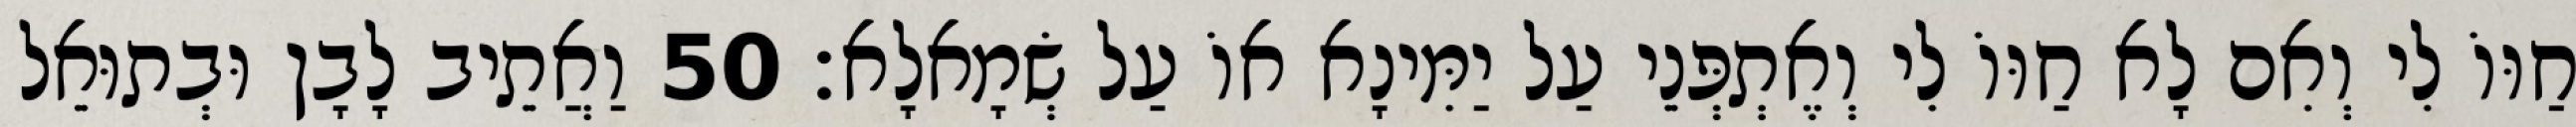
חַוּוֹ לִי וְאִם לָא חַוּוֹ לִי וְאֶתְפְּנֵי עַל יַמִּינָא אוֹ עַל שְׂמָאלָא׃ 50 וַאֲתֵיב לָבָן וּבְתוּאֵל